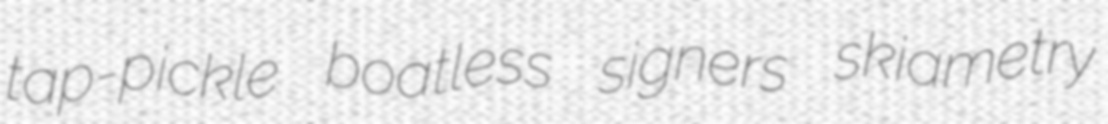
tap-pickle boatless signers skiametry